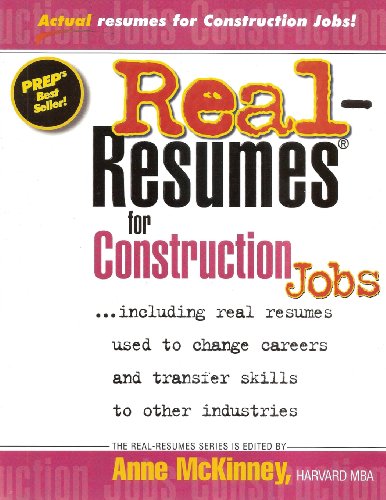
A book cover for Real Resumes for Construction Jobs; Anne McKinney; Business & Money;